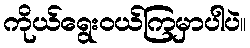
ကိုယ်ရွေးဝယ်ကြမှာပါပဲ။